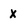
Character: x